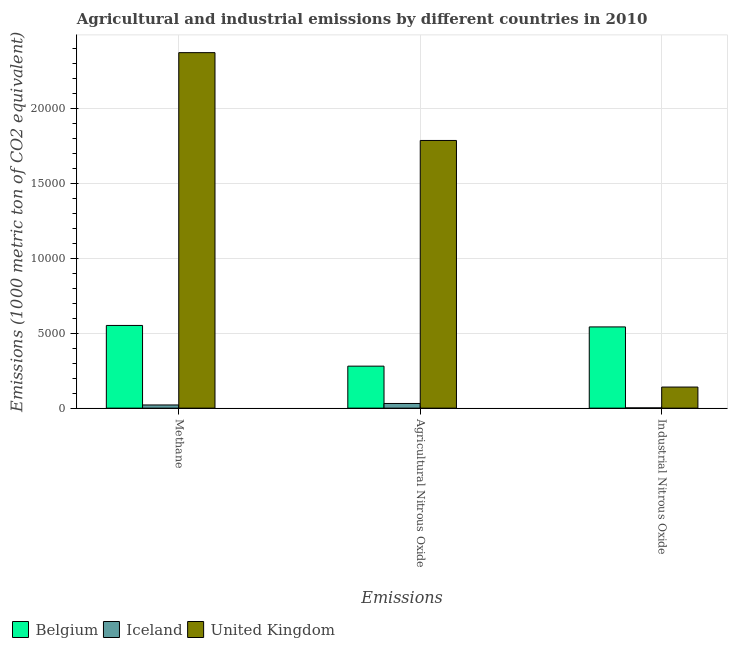
| Emissions | Belgium | Iceland | United Kingdom |
 | --- | --- | --- | --- |
 | Methane | 5.52e+03 | 212 | 2.37e+04 |
 | Agricultural Nitrous Oxide | 2.8e+03 | 312 | 1.79e+04 |
 | Industrial Nitrous Oxide | 5.42e+03 | 17.7 | 1.41e+03 |